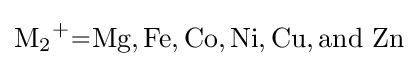
{\ce {M2+=Mg,Fe,Co,Ni,Cu,and\ Zn}}